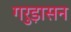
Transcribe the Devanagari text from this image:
गरुड़ासन